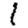
Digit: 1